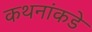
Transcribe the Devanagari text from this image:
कथनांकडे